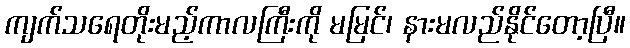
ကျက်သရေတိုးမည့်ကာလကြီးကို မမြင်၊ နားမလည်နိုင်တော့ပြီ။